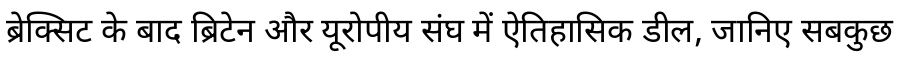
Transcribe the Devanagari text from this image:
ब्रेक्सिट के बाद ब्रिटेन और यूरोपीय संघ में ऐतिहासिक डील, जानिए सबकुछ